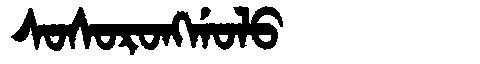
Manchu: ᠰᠣᠰᠣᡵᠣᠩᡤᠣᠯᠣ
Romanization: SOSORONGGOLO